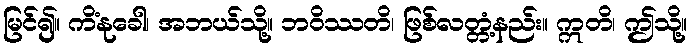
မြင်၍။ ကိံနုခေါ၊ အဘယ်သို့။ ဘဝိဿတိ၊ ဖြစ်လတ္တံ့နည်း။ ဣတိ၊ ဤသို့။